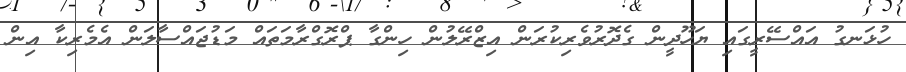
ހުޅަނގު އައްސޭރީގައި ޔަހޫދީން ގެދޮރުވެރިކުރަން އިޒްރޭލުން ހިންގާ ޕްރޮގްރާމަތައް މަޑުޖައްސާލަން އެމެރިކާ އިން